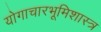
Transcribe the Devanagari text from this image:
योगाचारभूमिशास्त्र